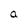
Character: a